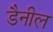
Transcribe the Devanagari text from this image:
डैनील